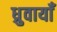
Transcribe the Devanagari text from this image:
ध्रुवायाँ